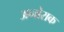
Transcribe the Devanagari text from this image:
अनोराक